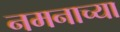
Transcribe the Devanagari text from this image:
नमनाच्या